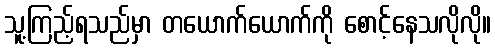
သူ့ကြည့်ရသည်မှာ တယောက်ယောက်ကို စောင့်နေသလိုလို။